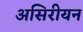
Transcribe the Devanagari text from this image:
असिरीयन